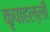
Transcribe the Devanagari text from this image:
कृपाहल्ली